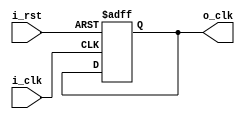
module divider
(
    i_clk,
    i_rst,
    o_clk
);

    input wire i_clk, i_rst;
    output reg o_clk;

    reg [6:0] count;

    always @(posedge(i_clk), posedge(i_rst)) begin
        if (i_rst) begin
            count <= 0;
            o_clk <= 0;
        end
        else if (count == 50_000_000) begin
            count <= 0;
            o_clk <= ~o_clk;
        end
        else
            count <= count + 1;
    end

endmodule